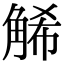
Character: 𧣩